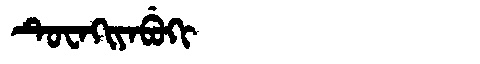
Manchu: ᡨᡠᠸᠠᡴᡳᠶᠠᠪᡠᡴᡳ
Romanization: TUWAKIYABUKI